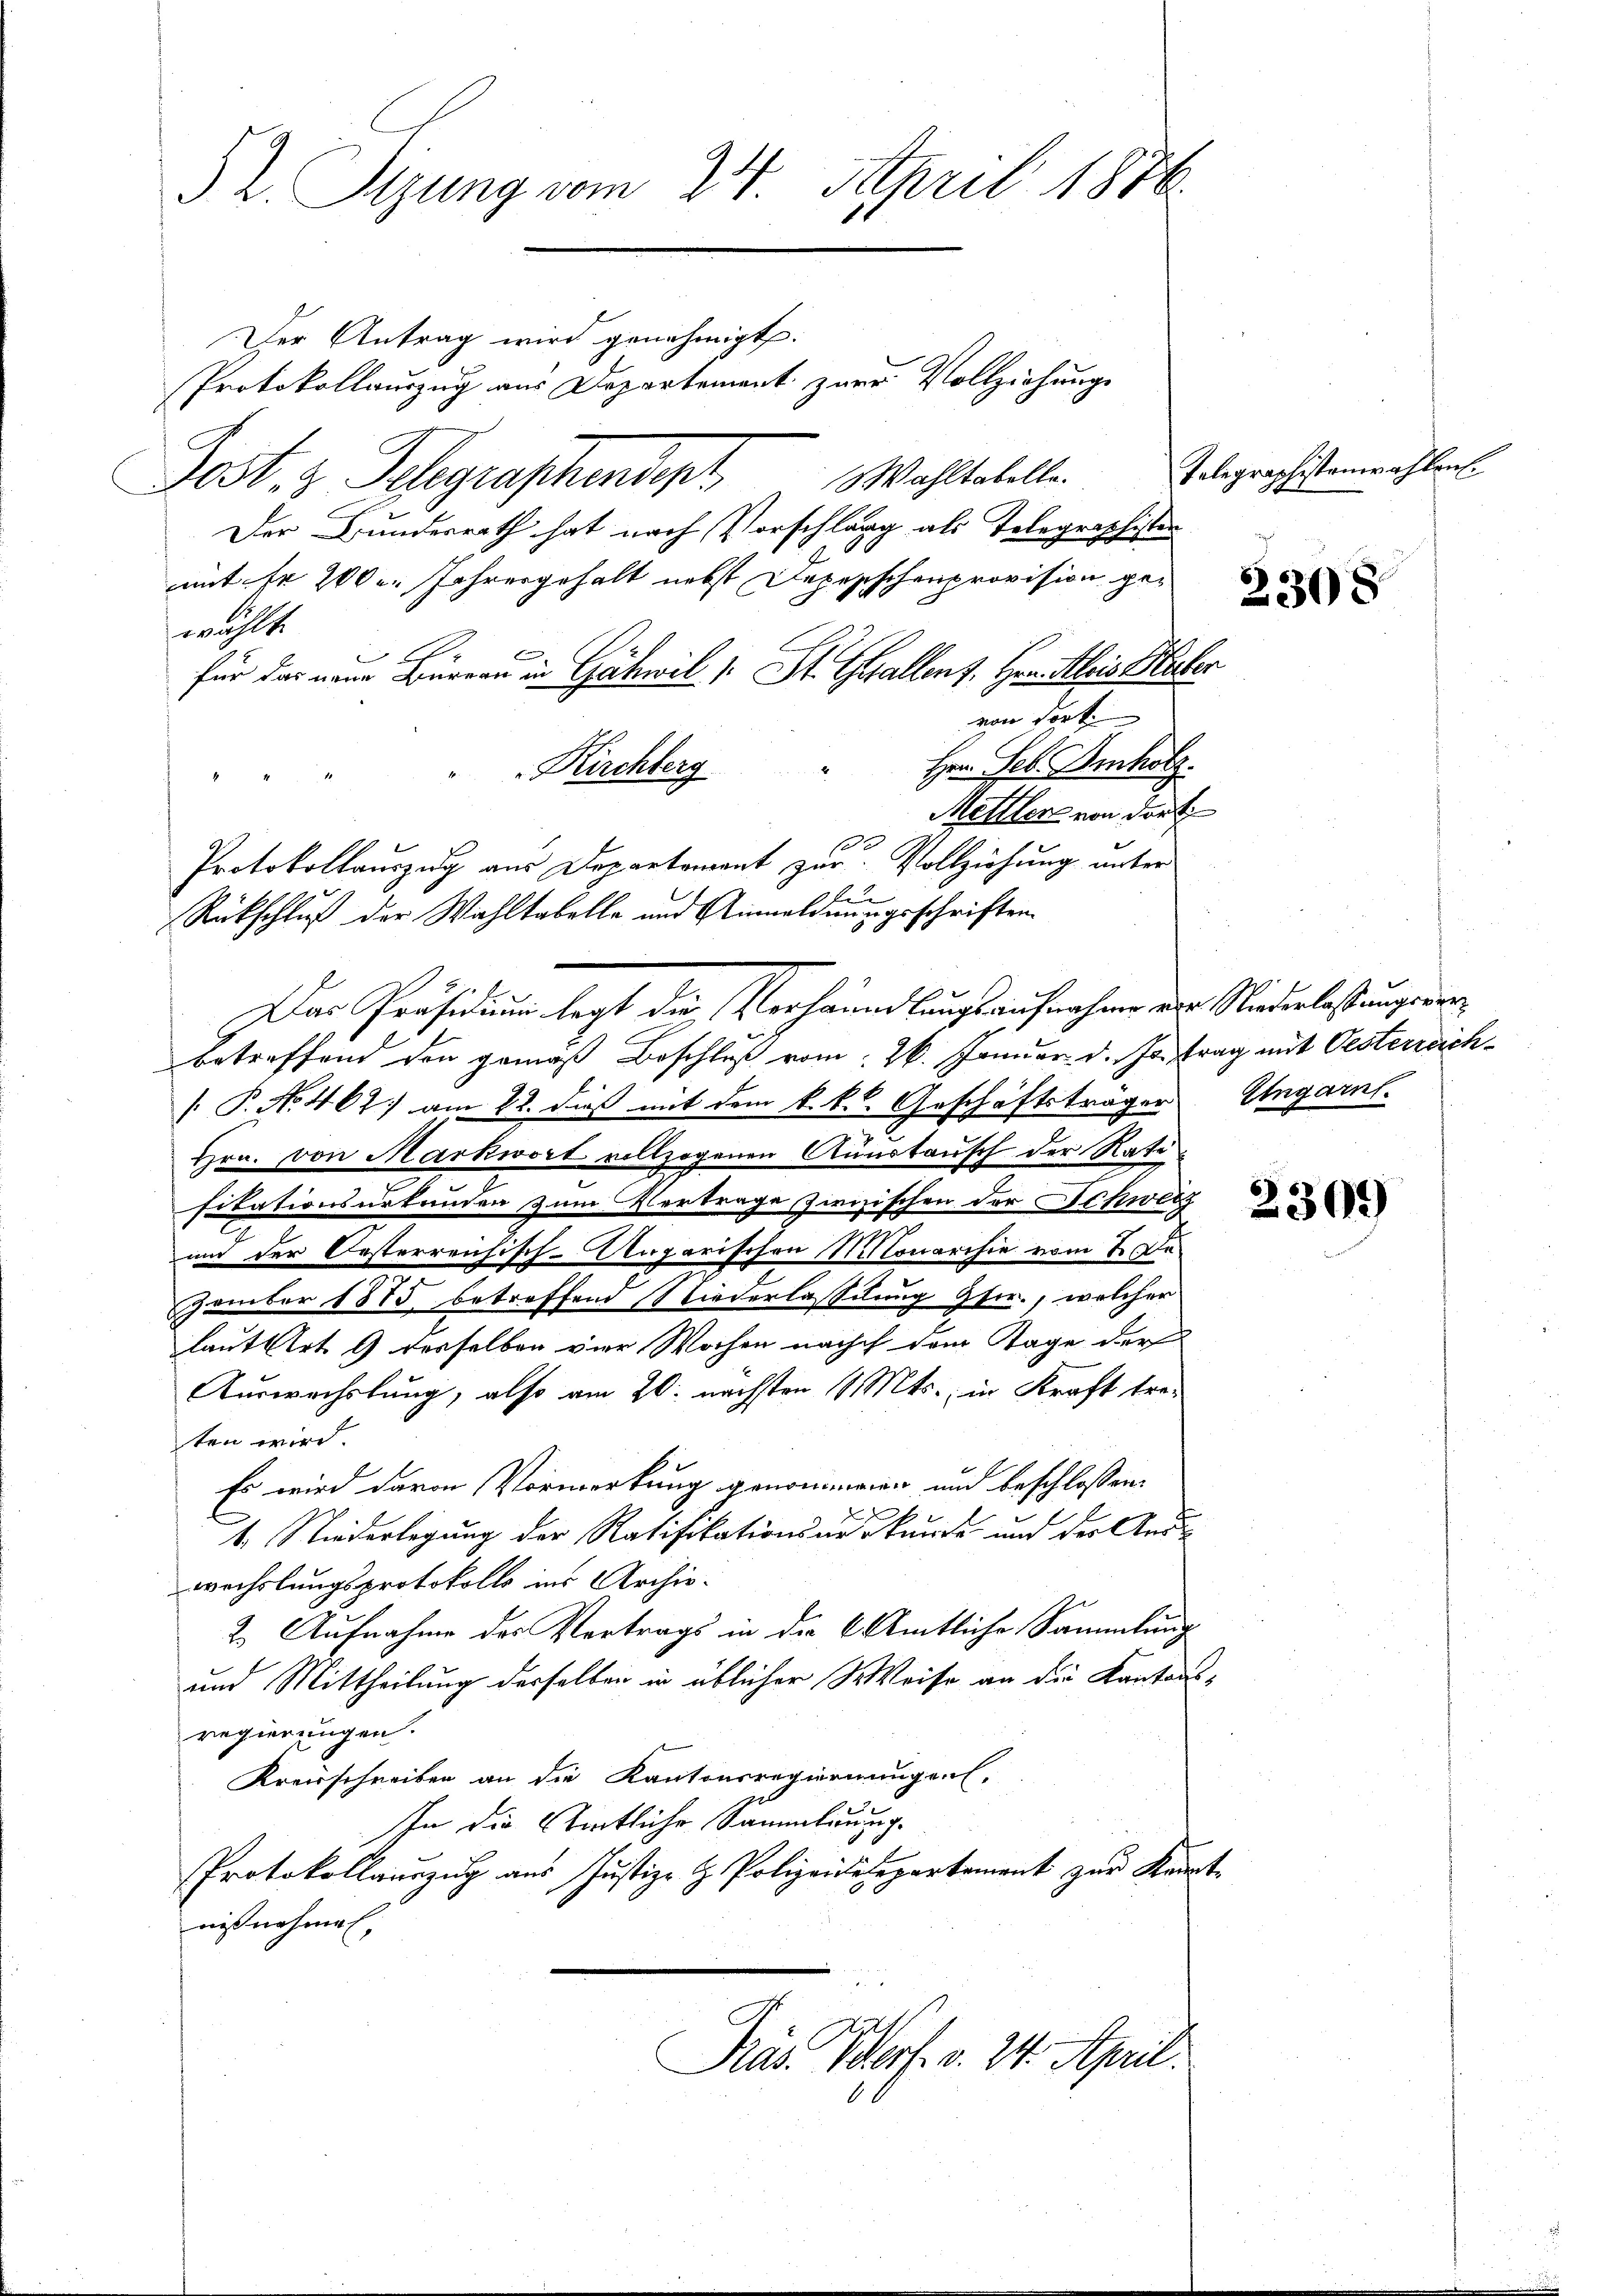
§ 2. Tigung vom 24. April 1876.

Protokollauszug aus Departement zur Vollziehungs

Der Antrag wird genehmigt.
Post 3 Telegraschindert   Wohltabelle
Der Bundesrath hat nach Vorschlagg als Telegraphister
mit fr 200 l. Jahresgehalt nebst Dapepischenprovision gewählt.
für das neuer Büreau in Gähwil 1. St. Gallent. Herr Alois Haber
von dort
Hern. Feb. Imholz.
Kirchberg
d
Mettler von dort
Protokollauszug aus Departament zur Vollziehung unter
ten
Rückschluß der Wahltabelle und Anwaldnuugeschriften.
Das Präsidium legt die Verhandlungsaufnahme der Niederlassungsan
Betreffend den gemäß Beschluß vom 26. Januar d. Js. trag mit Oesterreich¬
[P. No. 462) am 22. dieß mit dem k. k. Geschäftsträger
Hrn. von Markwort vollzogenen Annotausch der Ratisitationsurkunden zum Vertrage zivizischen der Schweiz
und der Oesterreichisch-Ungarischen Monarchie vom 2. Dee
zember 1875 betreffend Niederlassung Gfr., welcher
laut Art. 9 derselben vier Wochen nach dem Tage der
Auswechslung, also am 20. nächsten 1. Mts., in Kraft treten wird.
Es wird davon Vormerkung genommenen und beschlossen:
1. Niederlegung der Ratifikationsauskunde und der Ans
wechslungsprotokolls ins Archiv.
2.) Aufnahme des Vortrags in die 6 Amtliche Sammlung
und Mittheilung derselben in üblicher Weise an die Kantonsregierungen.
Kreisschreiben an die Kantonsregierungen.
In die eintliche Sammlung.
Protokollanzŭg aŭs Justiz- & Polizeidesepartement zŭr Kennt-
nißnahme,
Präs. Verf. v. 24. April.

Telegraphistenzahlen.

2308

2309

Eingarnt.